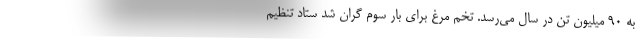
به ۹۰ میلیون تن در سال می‌رسد. تخم مرغ برای بار سوم گران شد ستاد تنظیم